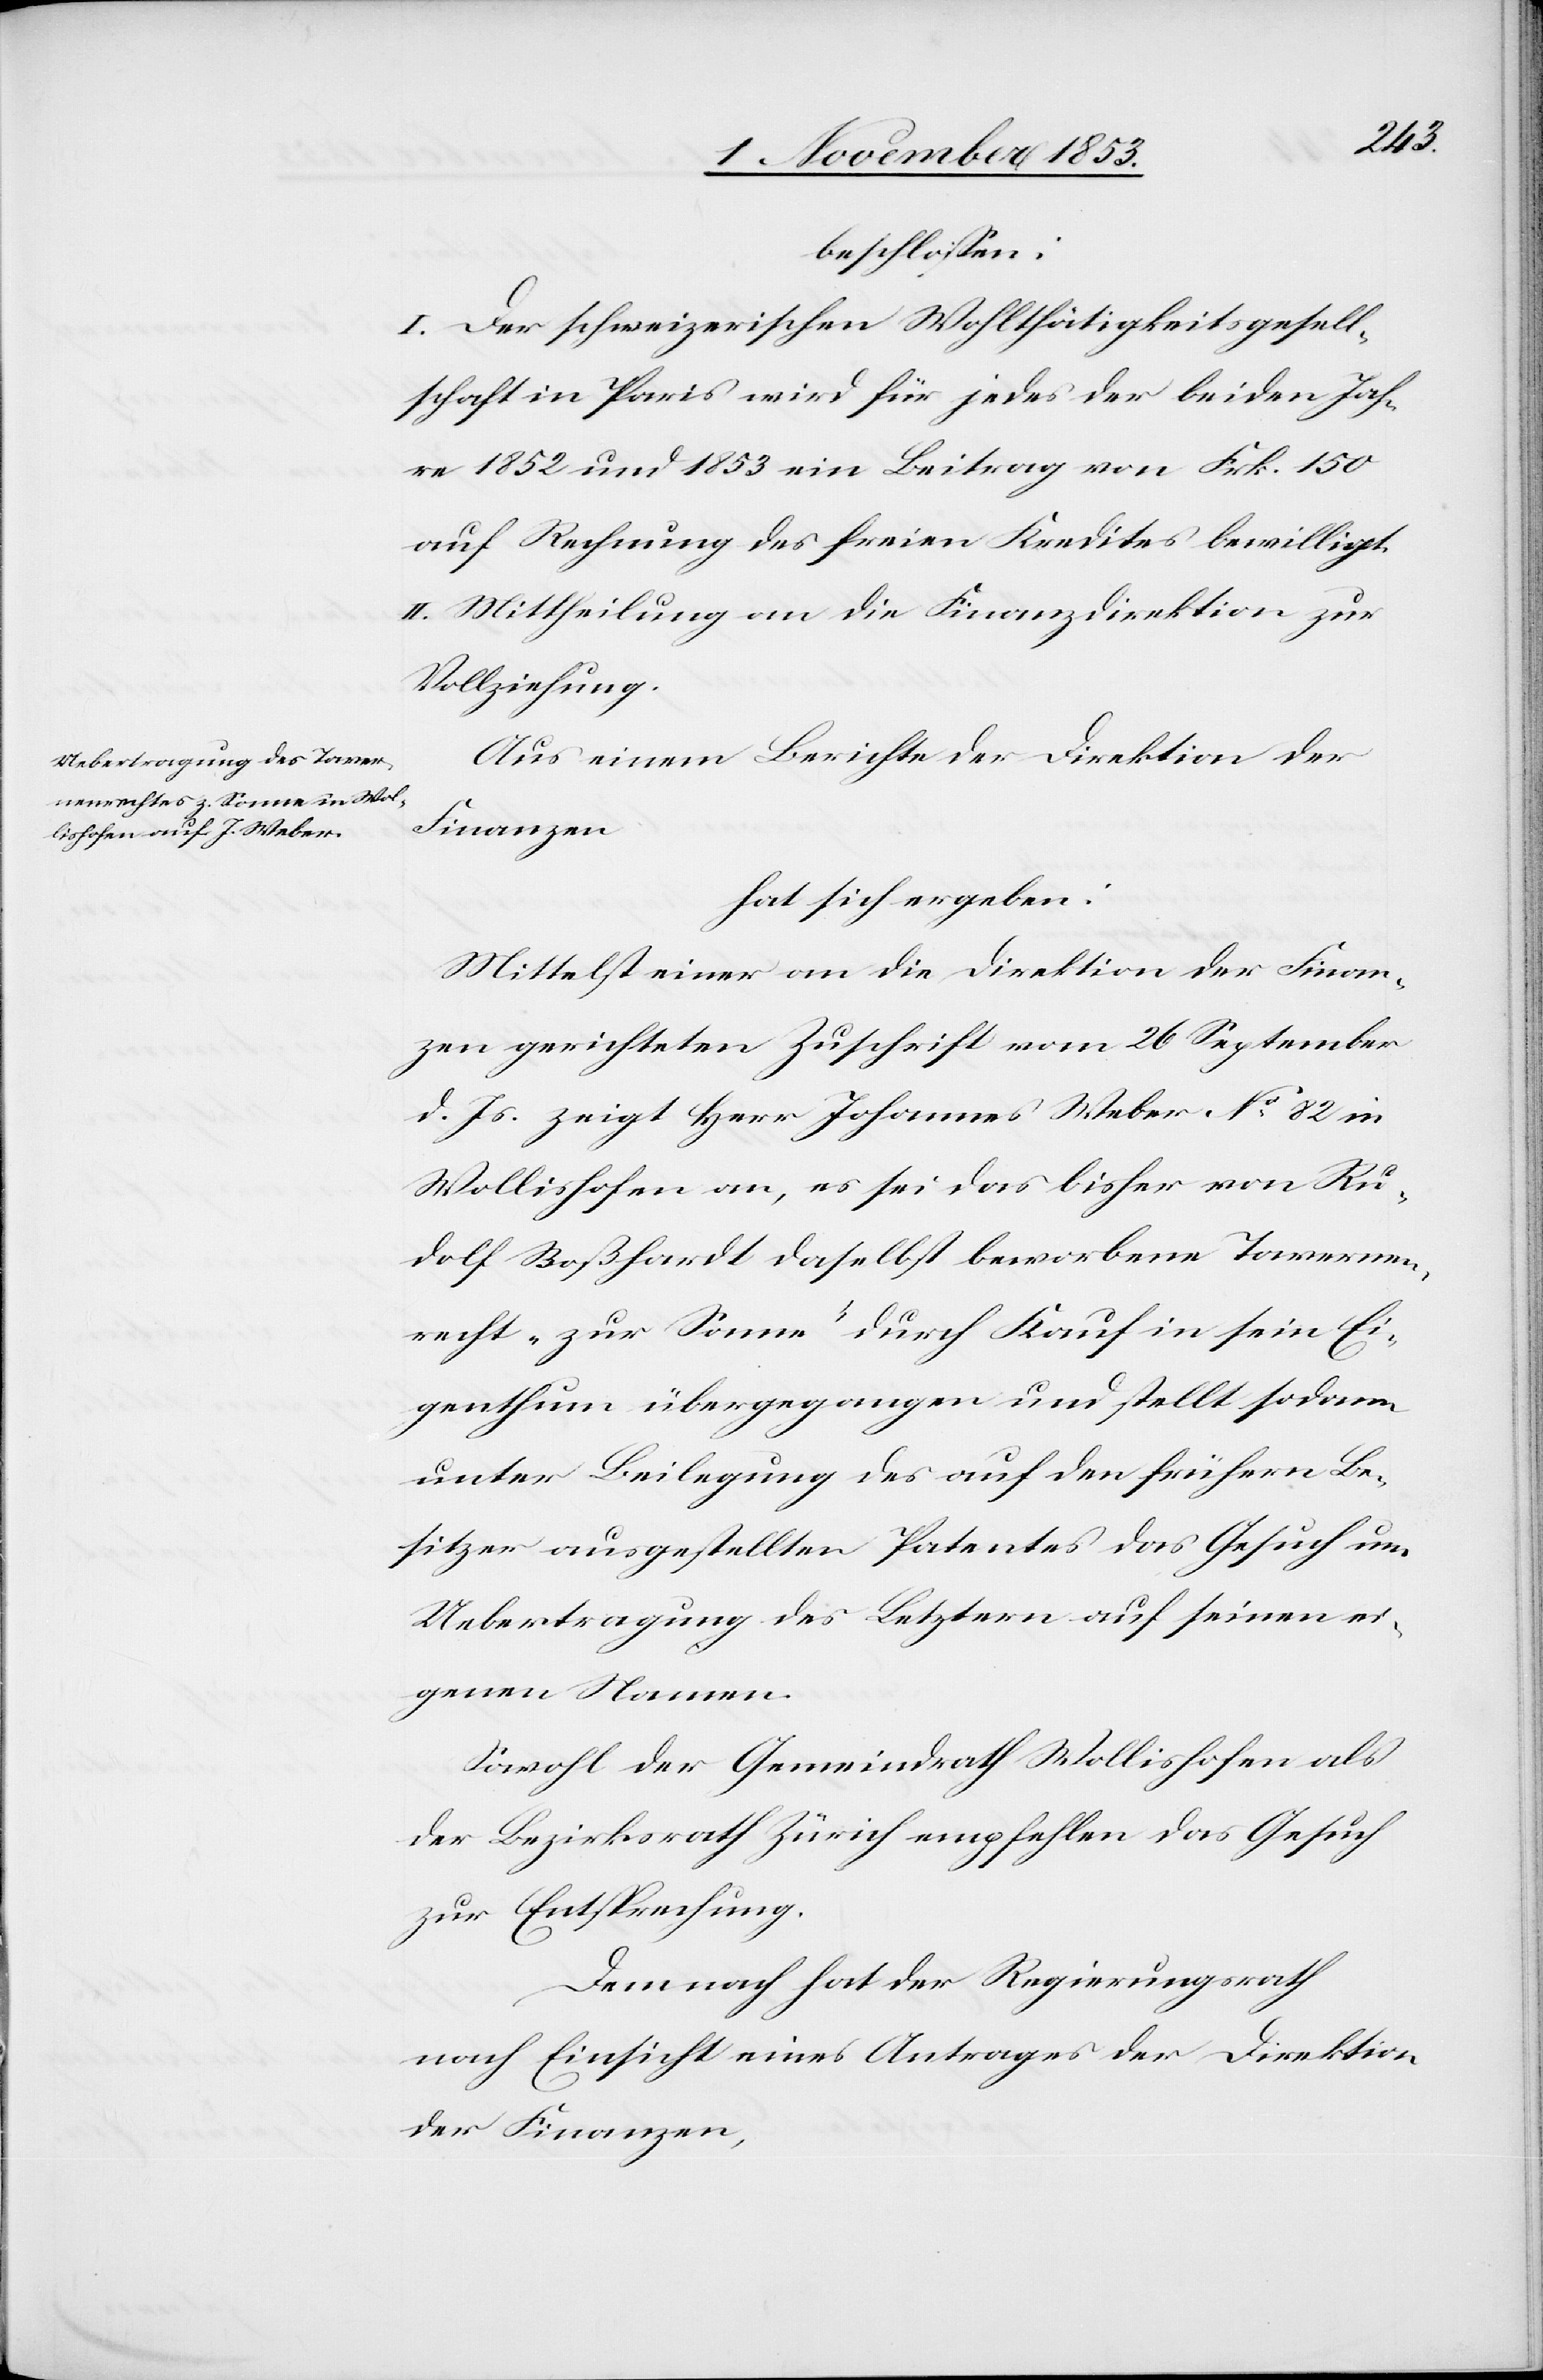
beschloßen:
I. Der schweizerischen Wohlthätigkeitsgesell¬
schaft in Paris wird für jedes der beiden Jah¬
re 1852 u. 1853 ein Beitrag von Frk. 150
auf Rechnung des freien Kredites bewilligt.
II. Mittheilung an die Finanzdirektion zur
Vollziehung.
Aus einem Berichte der Direktion der
Finanzen
hat sich ergeben:
Mittelst einer an die Direktion der Finan¬
zen gerichteten Zuschrift vom 26 September
d. Js. zeigt Herr Johannes Weber N° 82 in
Wollishofen an, es sei das bisher von Ru¬
dolf Boßhardt daselbst beworbene Tavernen¬
recht „zur Sonne“ durch Kauf in sein Ei¬
genthum übergegangen und stellt sodann
unter Beilegung des auf den frühern Be¬
sitzer ausgestellten Patentes das Gesuch um
Uebertragung des Letztern auf seinen ei¬
genen Namen.
Sowohl der Gemeindrath Wollishofen als
der Bezirksrath Zürich empfehlen das Gesuch
zur Entsprechung.
Demnach hat der Regierungsrath
nach Einsicht eines Antrages der Direktion
der Finanzen,